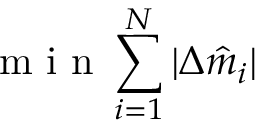
\mathrm { ~ m ~ i ~ n ~ } \sum _ { i = 1 } ^ { N } | \Delta \hat { m } _ { i } |